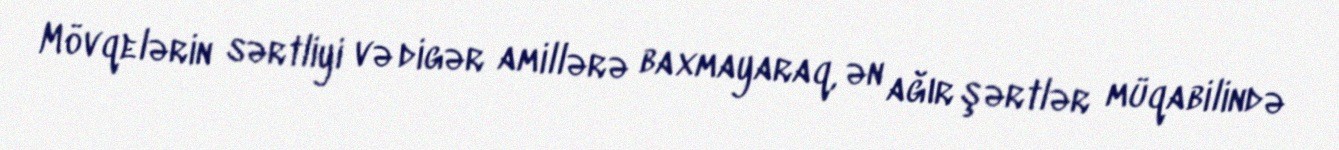
Mövqelərin sərtliyi və digər amillərə baxmayaraq, ən ağır şərtlər müqabilində